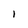
Character: I